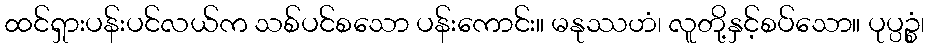
ထင်ရှားပန်းပင်လယ်က သစ်ပင်စသော ပန်းကောင်း။ မနုဿဟံ၊ လူတို့နှင့်စပ်သော။ ပုပ္ပဉ္စံ၊